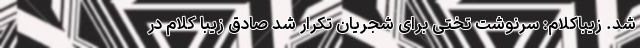
شد. زیباکلام: سرنوشت تختی برای شجریان تکرار شد صادق زیبا کلام در